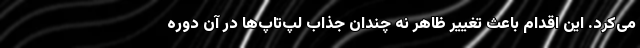
می‌کرد. این اقدام باعث تغییر ظاهر نه چندان جذاب لپ‌تاپ‌ها در آن دوره